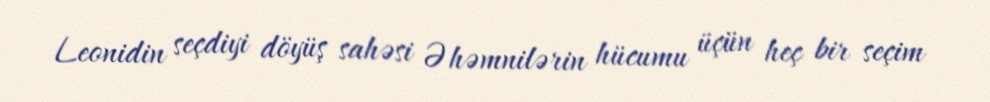
Leonidin seçdiyi döyüş sahəsi Əhəmnilərin hücumu üçün heç bir seçim